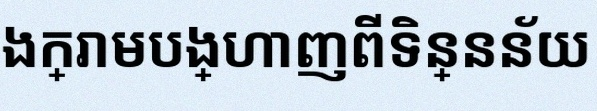
តារាងខាងក្រោមបង្ហាញពីទិន្នន័យ